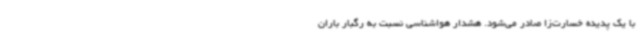
با یک پدیده خسارت‌زا صادر می‌شود. هشدار هواشناسی نسبت به رگبار باران